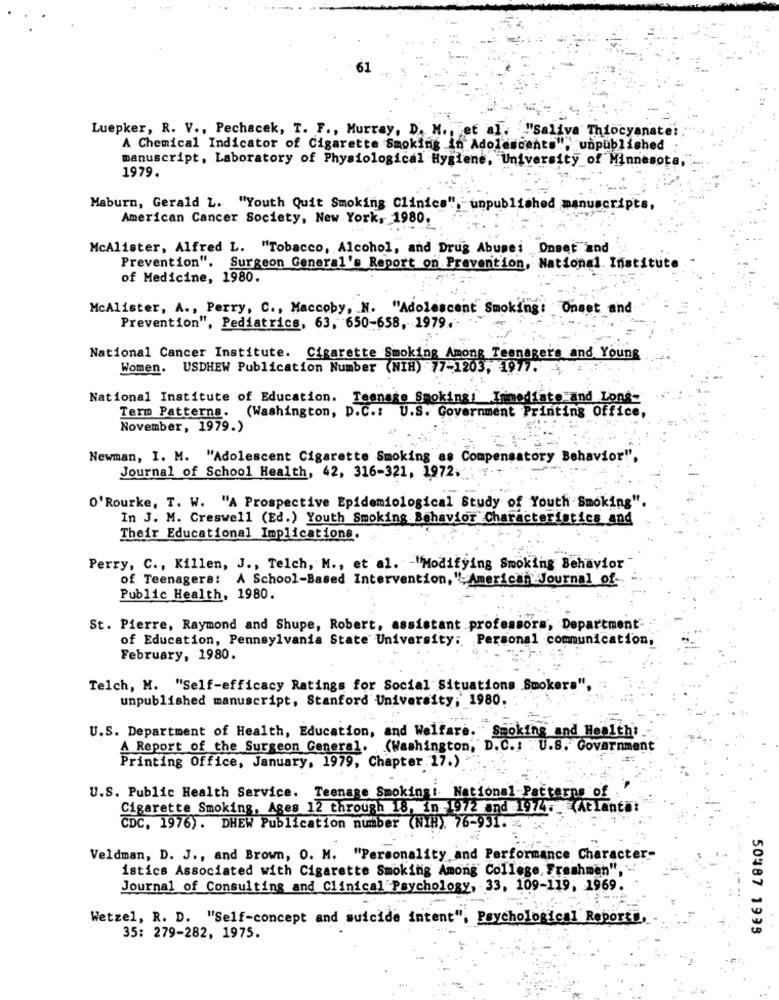
Luepker, R. V ., Pechacek, T. F ., Murray, D. M. et al. "Saliva Thiocyanate!
A Chemical Indicator of Cigarette Smoking in Adolescents", unpublished
manuscript, Laboratory of Physiological Hygiene, University of Minnesota
1979.
Maburn, Gerald L. "Youth Quit Smoking Clinics",
American Cancer Society, New York, 1980.
McAlister, Alfred L. "Tobacco, Alcohol, and Drug Abusei Onset and
Prevention". Surgeon General's Report on Prevention, National Institute
of Medicine, 1980.
Mcalister, A ., Perry, C ., Maccoby, N. "Adolescent Smoking: Onset and
Prevention", Pediatrics, 63, 650-658, 1979.
National Cancer Institute. Cigarette Smoking Amo
Teenagers and Young
Women. USDHEW Publication Number (NIH) 77-1203, 1977.
National Institute of Education. Teenage Smoking! In
diate and Long-
Term Patterns. (Washington, D.C .: U.S. Government Printing Office,
November, 1979.)
Newman, I. M. "Adolescent Cigarette Smoking as Compensatory Behavior".
Journal of School Health, 42, 316-321, 1972.
O'Rourke, T. W. "A Prospective Epidemiological Study of Youth Smoking"
In J. M. Creswell (Ed.) Youth Smoking Behavior Characteristics and
Their Educational Implications
Perry, C ., Killen, J ., Telch, M ., et al. - "Modifying Smoking Behavior
of Teenagers: A School-Based Intervention, "- American Journal of
Public Health, 1980.
St. Pierre, Raymond and Shupe, Robert, assistant professors, Department-
of Education, Pennsylvania State University: Personal communication,
February, 1980.
Telch, M. "Self-efficacy Ratings for Social Situations Smokers",
unpublished manuscript, Stanford University, 1980.
U.S. Department of Health, Education, and Welfare. Smoking and Healthi.
A Report of the Surgeon General. (Washington, D.C .: U.S. Government
Printing Office, January, 1979, Chapter 17.)
U.S. Public Health Service. Teenage Smokingi National-Patterns of :
Cigarette Smoking, Ages 12 through 18, in 1972 and 1974. (At Lantat
CDC, 1976). DHEW Publication number (NIH) 76-931. 5.
Veldman, D. J ., and Brown, O. M. "Personality and Performance Character
istics Associated with Cigarette Smoking Among College, Freshmen",
Journal of Consulting and Clinical Psychology, 33, 109-119, 1969.
Wetzel, R. D. "Self-concept and suicide intent", Psychological Reports
50487 1995
35: 279-282, 1975.